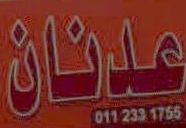
علينان